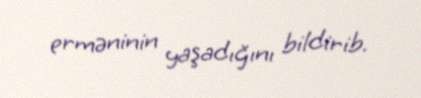
erməninin yaşadığını bildirib.